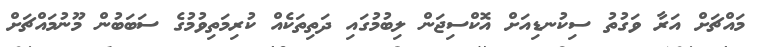
މައްޗަށް އަރާ ވަގުތު ސިކުނޑިއަށް އޮކްސިޖަން ލިބުމުގައި ދަތިތަކެއް ކުރިމަތިވުމުގެ ސަބަބުން މޫނުމައްޗަށް